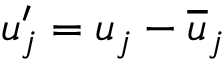
u _ { j } ^ { \prime } = u _ { j } - \overline { { u } } _ { j }